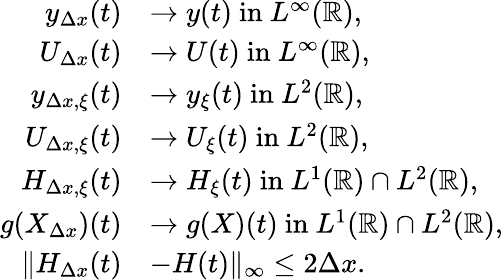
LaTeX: \begin{array}{rl}{y_{\Delta x}(t)}&{\rightarrow y(t)\mathrm{~in~}L^{\infty}(\mathbb{R}),}\\ {U_{\Delta x}(t)}&{\rightarrow U(t)\mathrm{~in~}L^{\infty}(\mathbb{R}),}\\ {y_{\Delta x,\xi}(t)}&{\rightarrow y_{\xi}(t)\mathrm{~in~}L^{2}(\mathbb{R}),}\\ {U_{\Delta x,\xi}(t)}&{\rightarrow U_{\xi}(t)\mathrm{~in~}L^{2}(\mathbb{R}),}\\ {H_{\Delta x,\xi}(t)}&{\rightarrow H_{\xi}(t)\mathrm{~in~}L^{1}(\mathbb{R})\cap L^{2}(\mathbb{R}),}\\ {g(X_{\Delta x})(t)}&{\rightarrow g(X)(t)\mathrm{~in~}L^{1}(\mathbb{R})\cap L^{2}(\mathbb{R}),}\\ {\| H_{\Delta x}(t)}&{-H(t)\| _{\infty}\leq 2\Delta x.}\end{array}